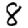
Digit: 8